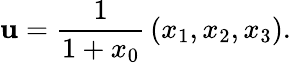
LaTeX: \mathbf{u}={\frac{1}{1+x_{0}}}\left(x_{1},x_{2},x_{3}\right).